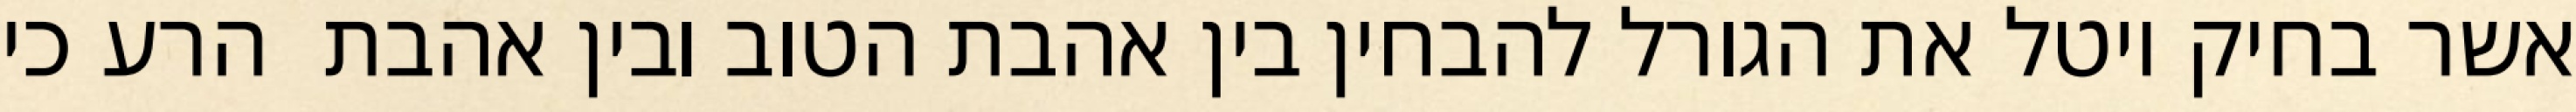
אשר בחיק יוטל את הגורל להבחין בין אהבת הטוב ובין אהבת  הרע כי